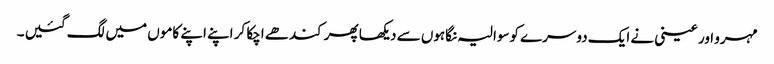
مہرو اور عینی نے ایک دوسرے کوسوالیہ نگاہوں سے دیکھا پھر کندھے اچکا کر اپنے اپنے کاموں میں لگ گئیں ۔